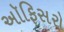
અૉફિસરો